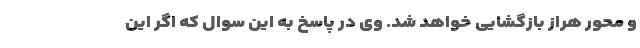
و محور هراز بازگشایی خواهد شد. وی در پاسخ به این سوال که اگر این